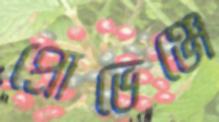
প্রোভেঞ্জে